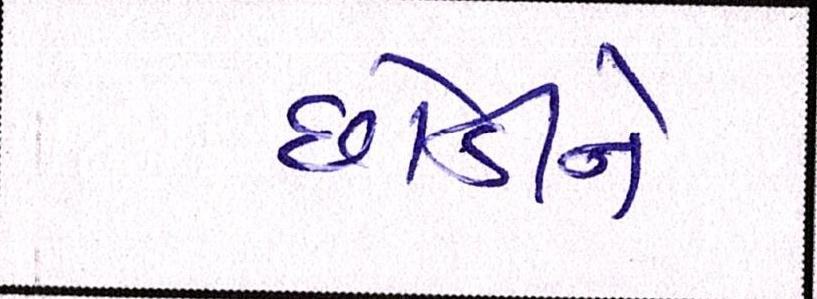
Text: છોડીને